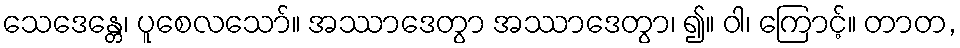
သေဒေန္တေ၊ ပူစေလသော်။ အဿာဒေတွာ အဿာဒေတွာ၊ ၍။ ဝါ၊ ကြောင့်။ တာတ,